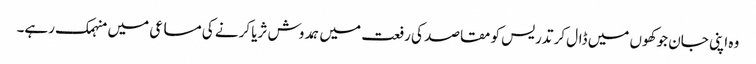
وہ اپنی جان جوکھوں میں ڈال کر تدریس کو مقاصد کی رفعت میں ہمدوش ثریا کرنے کی مساعی میں منہمک رہے۔